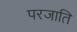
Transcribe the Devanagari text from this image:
परजाति